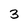
Character: 3